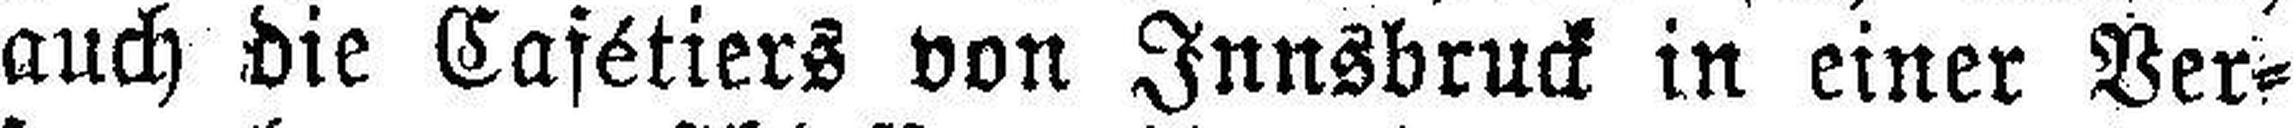
auch die Cafétiers von Innsbruck in einer Ver¬